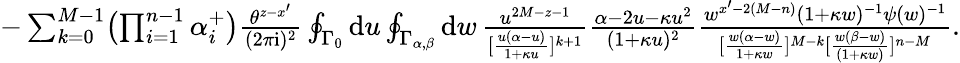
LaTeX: \textstyle-\sum_{k=0}^{M-1}\bigl(\prod_{i=1}^{n-1}\alpha_{i}^{+}\bigr)\frac{\theta^{z-x^{\prime}}}{(2\pi\mathrm{i})^{2}}\oint_{\Gamma_{0}}\mathrm{d}u\oint_{\Gamma_{\alpha,\beta}}\mathrm{d}w\, \frac{u^{2M-z-1}}{[\frac{u(\alpha-u)}{1+\kappa u}]^{k+1}}\frac{\alpha-2u-\kappa u^{2}}{(1+\kappa u)^{2}}\frac{w^{x^{\prime}-2(M-n)}(1+\kappa w)^{-1}\psi(w)^{-1}}{[\frac{w(\alpha-w)}{1+\kappa w}]^{M-k}[\frac{w(\beta-w)}{(1+\kappa w)}]^{n-M}}.